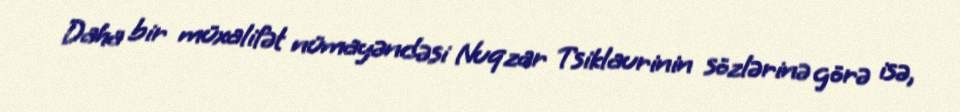
Daha bir müxalifət nümayəndəsi Nuqzar Tsiklaurinin sözlərinə görə isə,